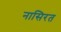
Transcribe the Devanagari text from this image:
नासिरत